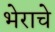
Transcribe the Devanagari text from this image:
भेराचे